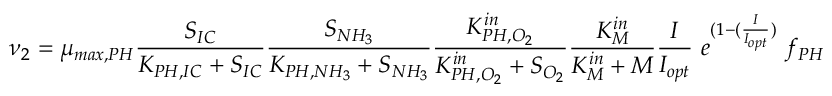
\nu _ { 2 } = \mu _ { m a x , P H } \frac { S _ { I C } } { K _ { P H , I C } + S _ { I C } } \frac { S _ { N H _ { 3 } } } { K _ { P H , N H _ { 3 } } + S _ { N H _ { 3 } } } \frac { K _ { P H , O _ { 2 } } ^ { i n } } { K _ { P H , O _ { 2 } } ^ { i n } + S _ { O _ { 2 } } } \frac { K _ { M } ^ { i n } } { K _ { M } ^ { i n } + M } \frac { I } { I _ { o p t } } \ e ^ { ( 1 - ( \frac { I } { I _ { o p t } } ) } \ f _ { P H }